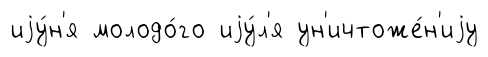
иjу́н'я молодо́го иjу́л'я ун'ичтоже́н'иjу